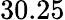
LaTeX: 30.25